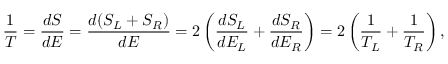
{ \frac { 1 } { T } } = { \frac { d S } { d E } } = { \frac { d ( S _ { L } + S _ { R } ) } { d E } } = 2 \left( { \frac { d S _ { L } } { d E _ { L } } } + { \frac { d S _ { R } } { d E _ { R } } } \right) = 2 \left( { \frac { 1 } { T _ { L } } } + { \frac { 1 } { T _ { R } } } \right) ,